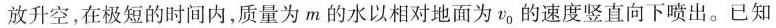
放升空，在极短的时间内，质量为m的水以相对地面为V_{0}的速度竖直向下喷出。已知